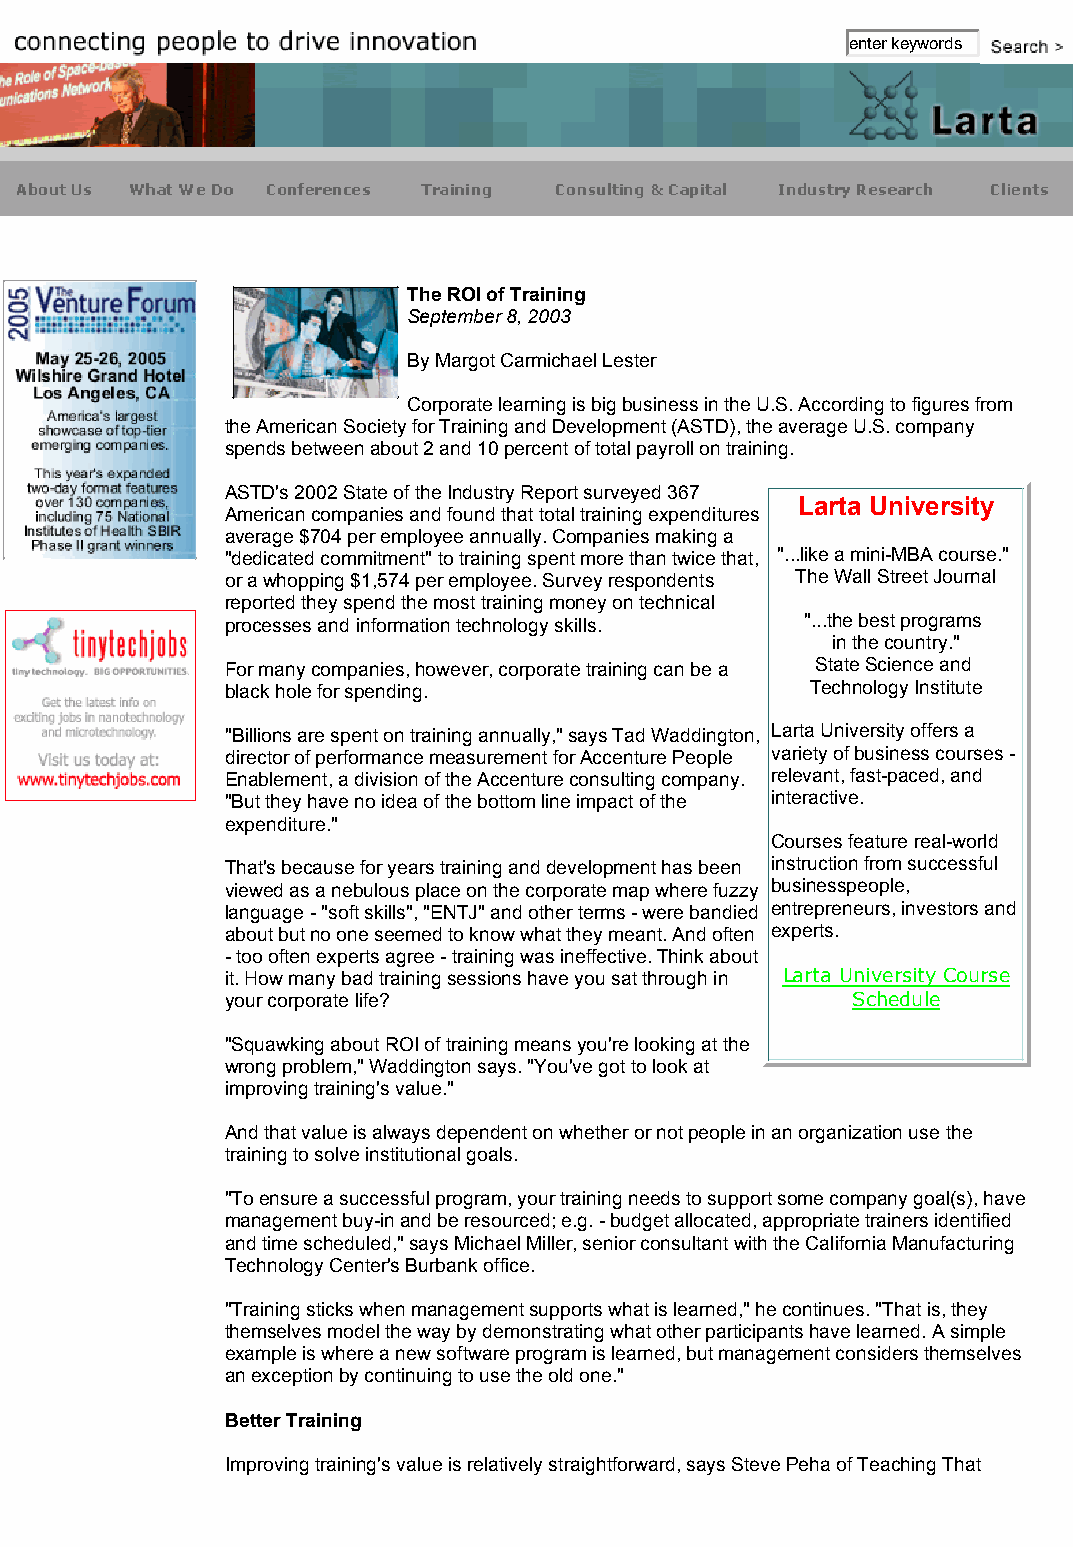
The ROI of Training                         http://www.larta.org/lavox/articlelinks/2003/030908_roi.asp
 enter keywords
 The ROI of Training
 September 8, 2003
 By Margot Carmichael Lester
 Corporate learning is big business in the U.S. According to figures from
 the American Society for Training and Development (ASTD), the average U.S. company
 spends between about 2 and 10 percent of total payroll on training.
 ASTD's 2002 State of the Industry Report surveyed 367
 Larta University
 American companies and found that total training expenditures
 average $704 per employee annually. Companies making a
 "dedicated commitment" to training spent more than twice that, "...like a mini-MBA course."
 or a whopping $1,574 per employee. Survey respondents The Wall Street Journal
 reported they spend the most training money on technical
 processes and information technology skills. "...the best programs
 in the country."
 For many companies, however, corporate training can be a State Science and
 black hole for spending.              Technology Institute
 "Billions are spent on training annually," says Tad Waddington, Larta University offers a
 director of performance measurement for Accenture People variety of business courses -
 Enablement, a division of the Accenture consulting company. relevant, fast-paced, and
 "But they have no idea of the bottom line impact of the interactive.
 expenditure."
 Courses feature real-world
 That's because for years training and development has been instruction from successful
 viewed as a nebulous place on the corporate map where fuzzy businesspeople,
 language - "soft skills", "ENTJ" and other terms - were bandied entrepreneurs, investors and
 about but no one seemed to know what they meant. And often experts.
 - too often experts agree - training was ineffective. Think about
 it. How many bad training sessions have you sat through in Larta University Course
 your corporate life?                     Schedule
 "Squawking about ROI of training means you're looking at the
 wrong problem," Waddington says. "You've got to look at
 improving training's value."
 And that value is always dependent on whether or not people in an organization use the
 training to solve institutional goals.
 "To ensure a successful program, your training needs to support some company goal(s), have
 management buy-in and be resourced; e.g. - budget allocated, appropriate trainers identified
 and time scheduled," says Michael Miller, senior consultant with the California Manufacturing
 Technology Center's Burbank office.
 "Training sticks when management supports what is learned," he continues. "That is, they
 themselves model the way by demonstrating what other participants have learned. A simple
 example is where a new software program is learned, but management considers themselves
 an exception by continuing to use the old one."
 Better Training
 Improving training's value is relatively straightforward, says Steve Peha of Teaching That
 1 of 3                                                                  2/28/2005 5:45 PM